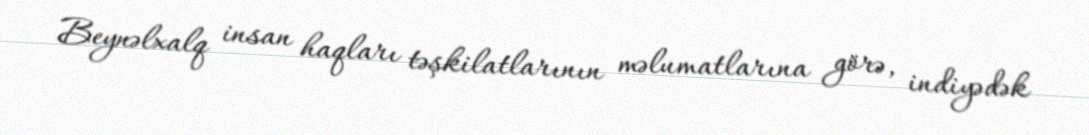
Beynəlxalq insan haqları təşkilatlarının məlumatlarına görə, indiyədək